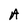
Character: A